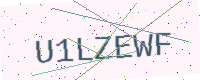
Text: U1LZEWF